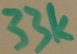
Text: 33K